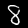
Label: 8